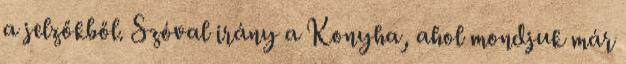
a jelzőkből. Szóval irány a Konyha, ahol mondjuk már